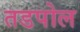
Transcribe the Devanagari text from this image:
तडपोल